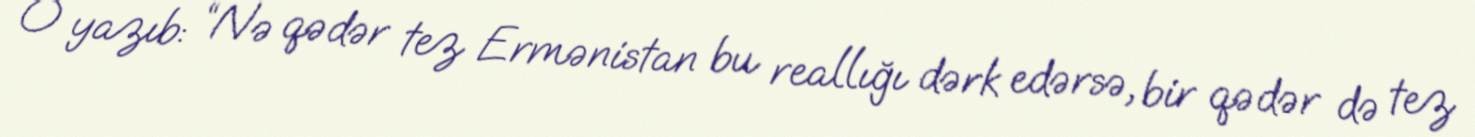
O yazıb: “Nə qədər tez Ermənistan bu reallığı dərk edərsə, bir qədər də tez